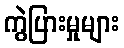
ကွဲပြားမှုများ